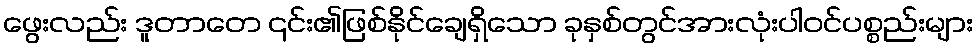
ဖွေးလည်း ဒူတာတေ ၎င်း၏ဖြစ်နိုင်ချေရှိသော ခုနှစ်တွင်အားလုံးပါဝင်ပစ္စည်းများ